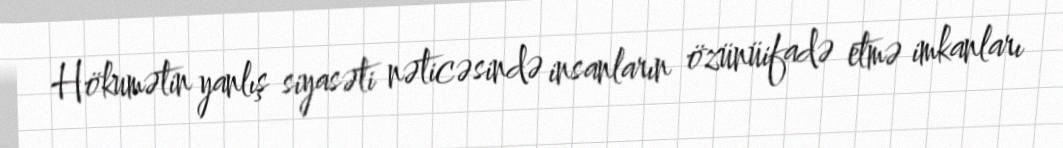
Hökumətin yanlış siyasəti nəticəsində insanların özünüifadə etmə imkanları